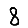
Digit: 8